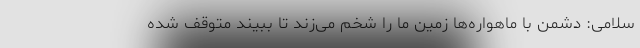
سلامی: دشمن با ماهواره‌ها زمین ما را شخم می‌زند تا ببیند متوقف شده